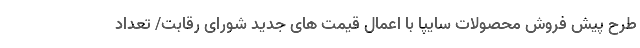
طرح پیش فروش محصولات سایپا با اعمال قیمت های جدید شورای رقابت/ تعداد